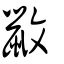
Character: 鼤